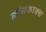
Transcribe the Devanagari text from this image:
लॉसकाक्स